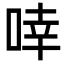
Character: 啈